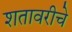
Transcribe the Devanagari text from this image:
शतावरीचे